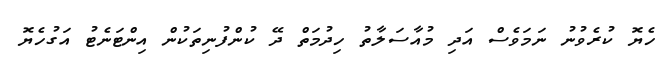
ހެޔޮ ކުރެވުނު ނަމަވެސް އަދި މުއާސަލާތު ހިދުމަތް ދޭ ކުންފުނިތަކުން އިންޓަނެޓު އަގުހެޔޮ